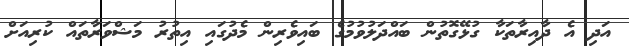
އަދި އެ ދާއިރާތަކާ ގުޅޭގޮތުން ބައްދަލުވުމުގެ ބައިވެރިން މެދުގައި އިތުރު މަޝްވަރާތައް ކުރިއަށް